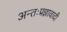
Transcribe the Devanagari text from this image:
अन्तःप्रज्ञावादी